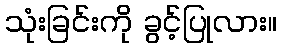
သုံးခြင်းကို ခွင့်ပြုလား။